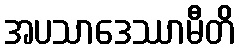
အပသာဒေဿာမီတိ